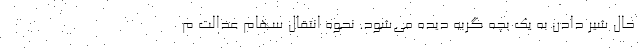
حال شیر دادن به یک بچه گربه دیده می‌شود. نحوه انتقال سهام عدالت م